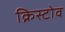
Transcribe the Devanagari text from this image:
क्रिस्टोव